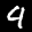
Label: 9